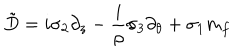
LaTeX: \tilde { D } = i \sigma _ { 2 } \partial _ { z } - \frac { i } { \rho } \sigma _ { 3 } \partial _ { \theta } + \sigma _ { 1 } m _ { f }